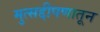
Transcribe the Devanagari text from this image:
मुत्सद्दीपणातून